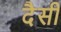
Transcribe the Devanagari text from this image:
दैसी